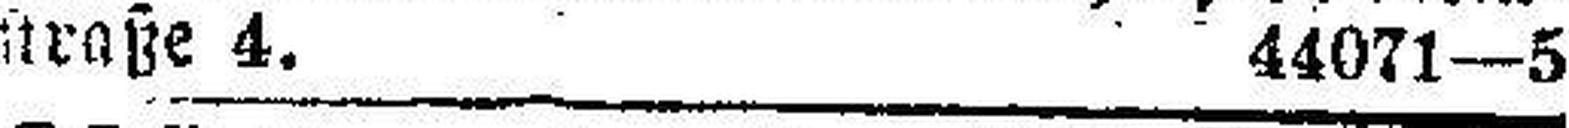
straße 4.   44071—5